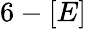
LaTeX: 6-[E]